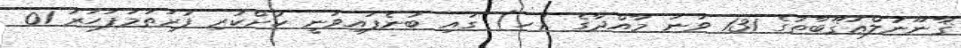
ޤާނޫނުލްޢުޤޫބާތުގެ 131 ވަނަ މާއްދާގެ (ހ) ގައި ބުނެފައިވަނީ ކުށްކުރި ފުރަތަމަފަހަރު 01